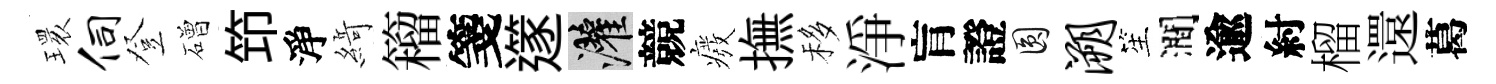
𤨔伺登磳笻淨𦂶籕箋𨗹灌競癈撫移淨肓證圓溯笙澗逾紂榴還葛